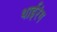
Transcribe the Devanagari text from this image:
थाईरंग